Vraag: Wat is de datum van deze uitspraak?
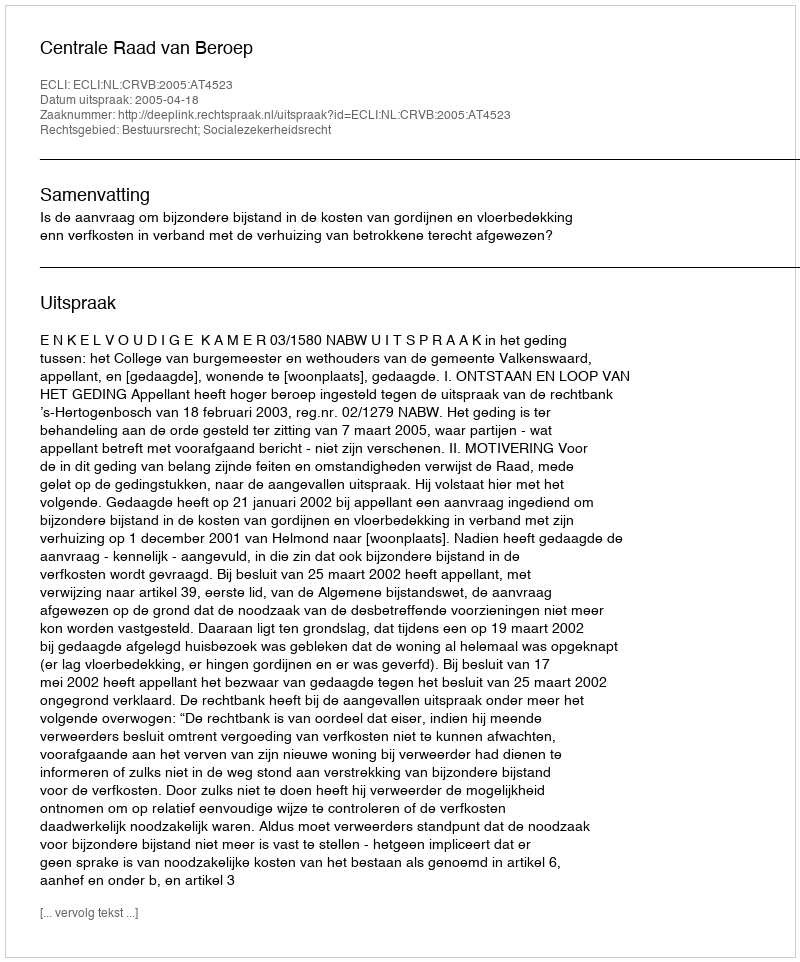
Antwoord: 2005-04-18